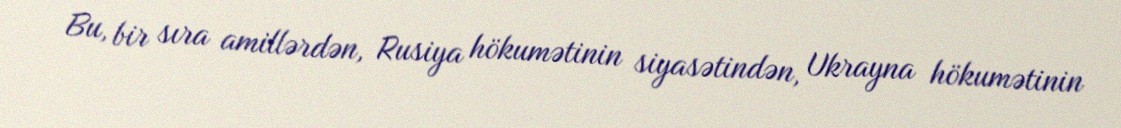
Bu, bir sıra amillərdən, Rusiya hökumətinin siyasətindən, Ukrayna hökumətinin